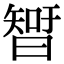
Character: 𣉻